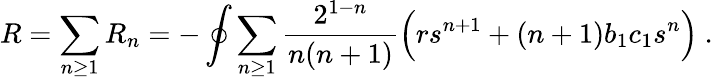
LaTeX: R=\sum_{n\ge 1}R_{n}=-\oint\sum_{n\ge 1}{\frac{2^{1-n}}{n(n+1)}}\Big(rs^{n+1}+(n+1)b_{1}c_{1}s^{n}\Big)\ .